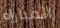
المباراه